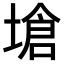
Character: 𪤇